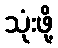
သုံးဖို့